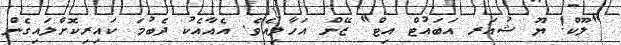
"ލޫކް! ޔޫ ޝުއަރ އަބައުޓް އިޓް" ޒޭން އަހާލިއެވެ. އެއާއެކު ދެބުމަ ކައިރިކޮށްލައިގެން